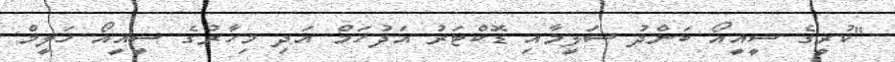
"ކުރީގެ ސީއީއޯ ބަންދު ސަލީމާއި ޑޮކްޓަރު އަދުހަމް އަދި މިހާރުގެ ސީއީއޯ ހަލީމް